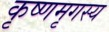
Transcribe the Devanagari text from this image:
कृष्णमृगस्य